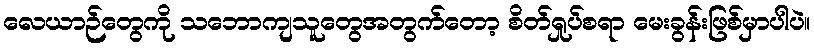
လေယာဉ်တွေကို သဘောကျသူတွေအတွက်တော့ စိတ်ရှုပ်စရာ မေးခွန်းဖြစ်မှာပါပဲ။